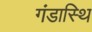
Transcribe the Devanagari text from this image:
गंडास्थि